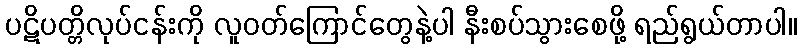
ပဋိပတ္တိလုပ်ငန်းကို လူဝတ်ကြောင်တွေနဲ့ပါ နီးစပ်သွားစေဖို့ ရည်ရွယ်တာပါ။